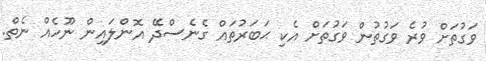
ވަގުތަށް ވުރެ ވަގުތުން ވަގުތަށް އެކި ޙަބަރުތައް ގެނެސްދޭ އޮންލައިން ނޫހެއް ނެތް.